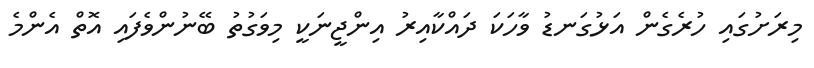
މިރަށުގައި ހުރެގެން އަޅުގަނޑު ވާހަކަ ދައްކާއިރު އިންޖީނަކީ މިވަގުތު ބޭނުންވެފައި އޮތް އެންމެ